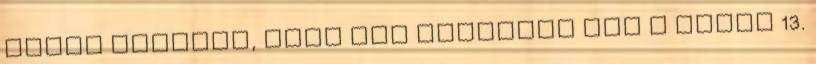
annyi tortent, hogy nem jelentek meg a majus 13.